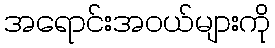
အရောင်းအဝယ်များကို